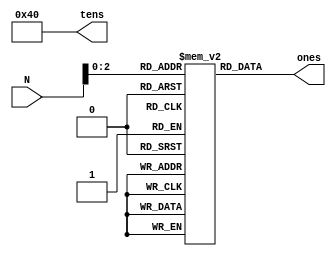
module TC4_to_7SEG(N, tens, ones);
	input [3:0] N;
	output [6:0] tens, ones;
	
	reg[6:0] LUT[0:5]; //16 row table for all possible 4 bit numbers.
	
	initial begin
		LUT[4'b0000] = 7'b1000000; // 0
		LUT[4'b0001] = 7'b1111001; // 1
		LUT[4'b0010] = 7'b0100100; // 2
		LUT[4'b0011] = 7'b0110000; // 3
		LUT[4'b0100] = 7'b0011001; // 4
		LUT[4'b0101] = 7'b0010010; // 5
	end
	
	assign ones = LUT[N];
	assign tens = 7'b1000000; 
endmodule